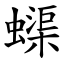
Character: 蟝